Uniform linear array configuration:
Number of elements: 4
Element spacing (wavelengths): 0.75
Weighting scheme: uniform
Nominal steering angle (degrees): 60
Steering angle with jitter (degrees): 61.263
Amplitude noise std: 0.05
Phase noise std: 0.05

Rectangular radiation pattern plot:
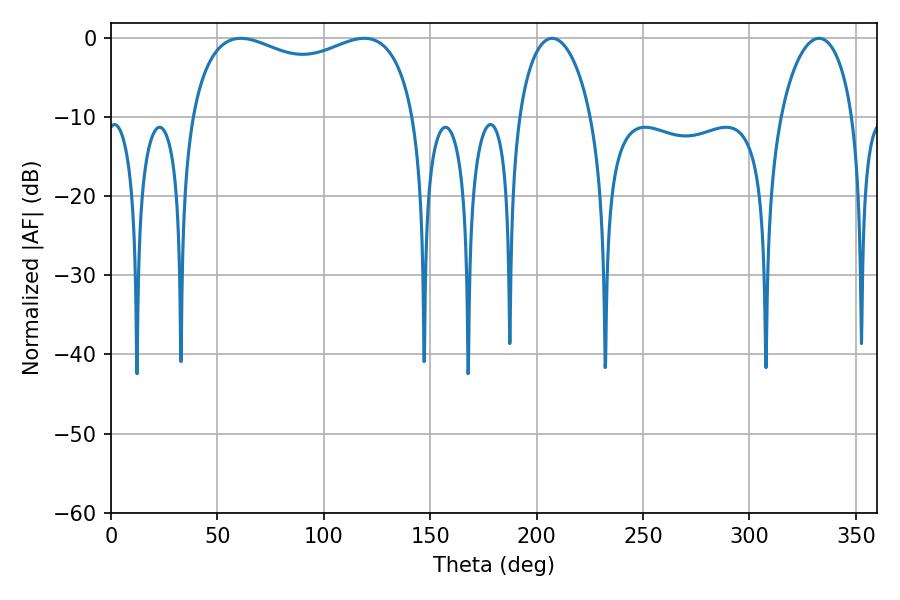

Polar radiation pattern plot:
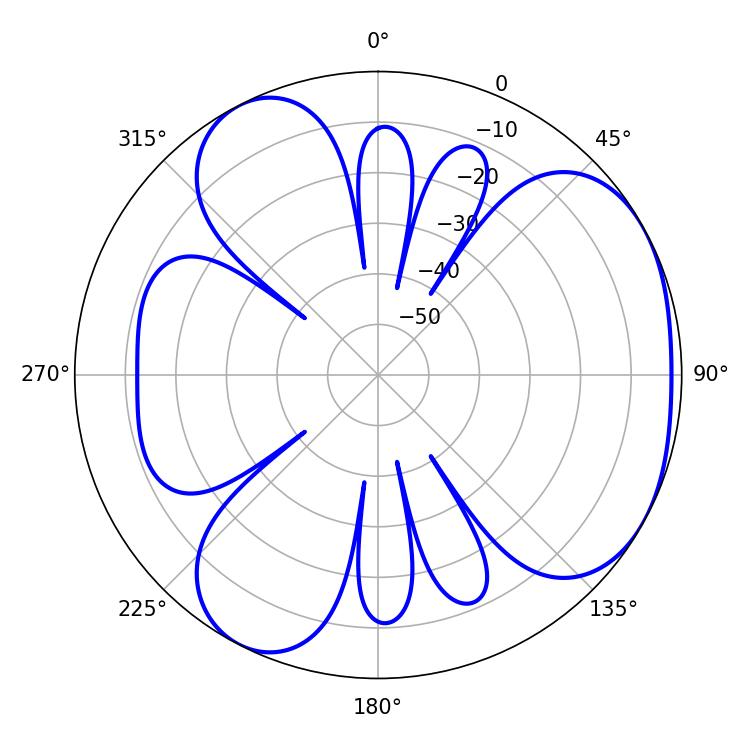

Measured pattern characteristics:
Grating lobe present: TRUE
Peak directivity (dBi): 4.081
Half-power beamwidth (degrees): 87.12
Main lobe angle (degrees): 61.02